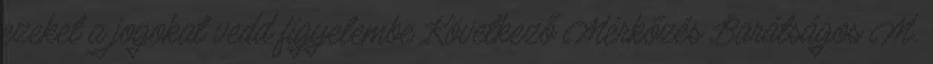
ezeket a jogokat vedd figyelembe Következő Mérkőzés Barátságos M.